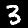
Label: 3